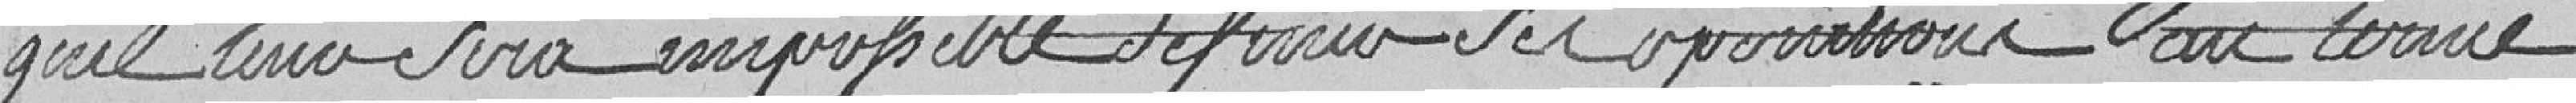
qu'il leur sera impossible de finir ses opérations au terme